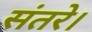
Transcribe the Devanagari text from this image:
संतरे।